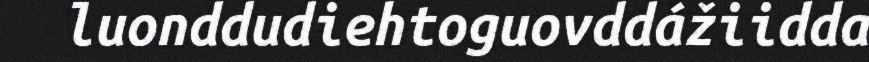
luonddudiehtoguovddážiidda